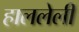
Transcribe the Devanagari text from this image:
हाललेली